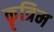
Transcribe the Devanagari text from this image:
कॄत्रिम